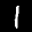
Label: 1